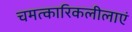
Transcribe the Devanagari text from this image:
चमत्कारिकलीलाएं